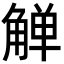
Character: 觯